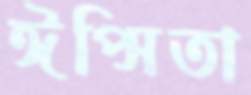
ঈপ্সিতা